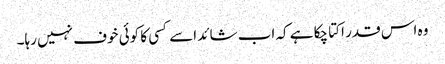
وہ اس قدر اکتا چکا ہے کہ اب شائد اسے کسی کا کوئی خوف نہیں رہا۔